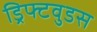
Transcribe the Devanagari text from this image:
ड्रिफ्टवुडस